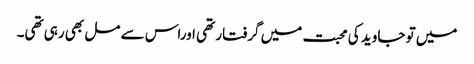
میں تو جاوید کی محبت میں گرفتار تھی اوراس سے مل بھی رہی تھی۔